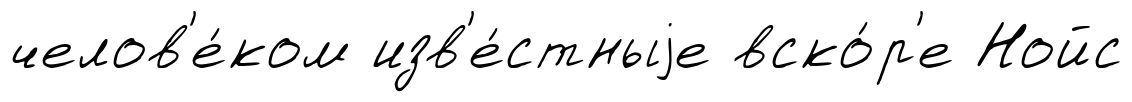
челов'е́ком изв'е́стныjе вско́р'е Нойс